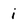
Character: i